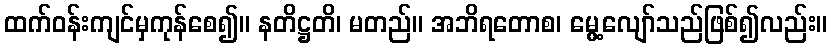
ထက်ဝန်းကျင်မှကုန်စေ၍။ နတိဋ္ဌတိ၊ မတည်။ အဘိရတောစ၊ မွေ့လျော်သည်ဖြစ်၍လည်း။